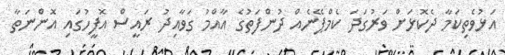
އަޅުވެތިކަމާ ދެކޮޅަށް ވަރުގަދަ ކެމްޕޭނެއް ދުންފަތުގެ އާއްމު ގަވާއިދު ރައީސް އޮފީހުގައި އޮންނަތާ